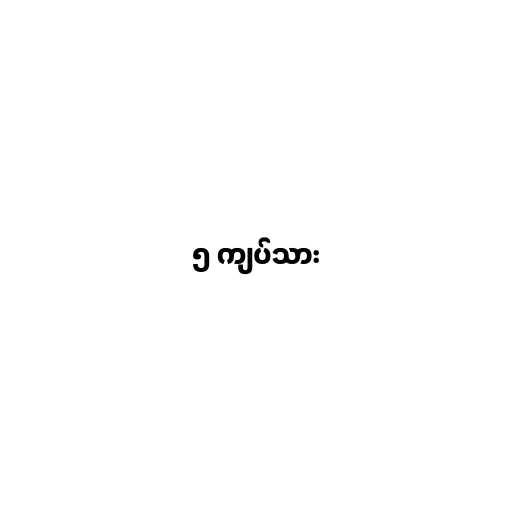
၅ ကျပ်သား